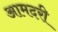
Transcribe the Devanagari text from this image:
आमदरी